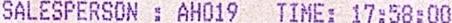
SALESPERSON : AH019 TIME: 17:58:00